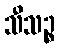
သီသဉ္စ